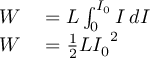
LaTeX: \begin{array} { r l } { W } & { { } = L \int _ { 0 } ^ { I _ { 0 } } I \, d I } \\ { W } & { { } = { \frac { 1 } { 2 } } L { I _ { 0 } } ^ { 2 } } \end{array}